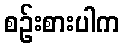
စဉ်းစားပါက